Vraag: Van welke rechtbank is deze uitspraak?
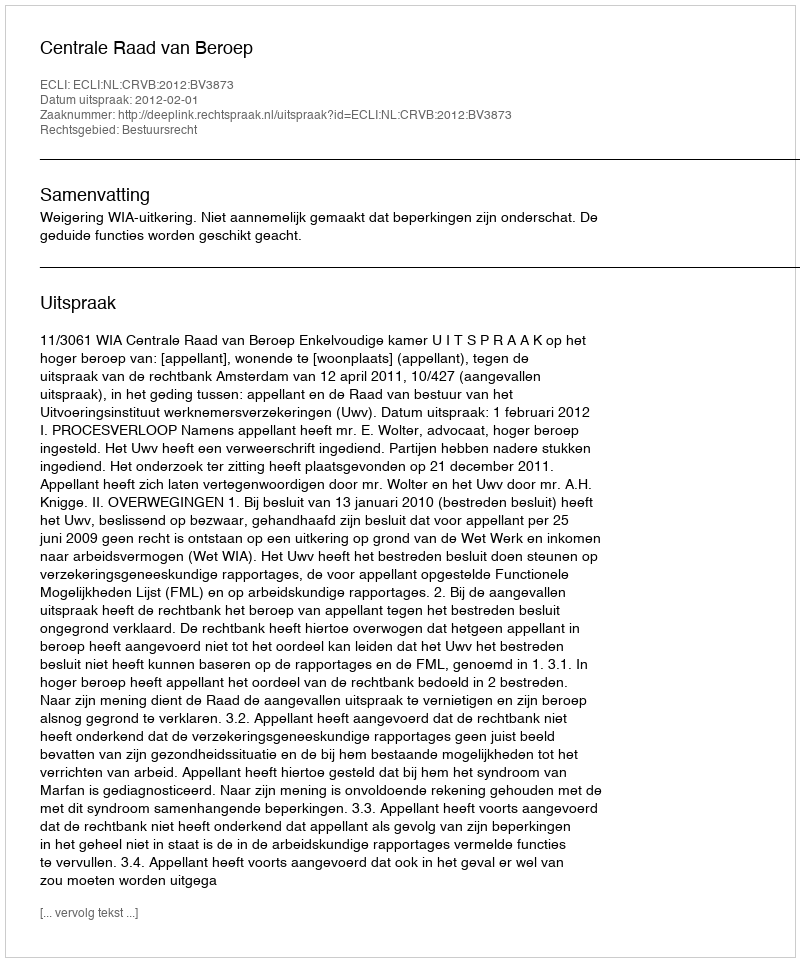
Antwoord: Centrale Raad van Beroep